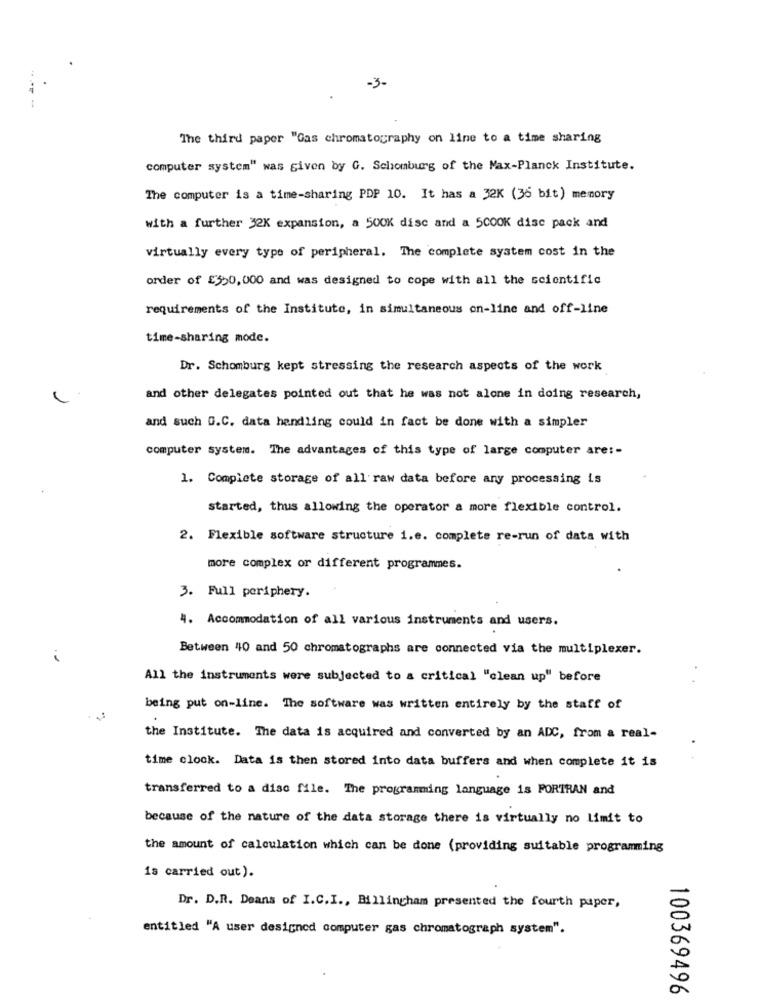
-3-
The third paper "Gas chromatography on line to a time sharing
computer system" was given by G. Schomburg of the Max-Planck Institute.
The computer is a time-sharing PDP 10. It has a 32K (36 bit) memory
with a further 32K expansion, a 500K disc and a 5000K disc pack and
virtually every type of peripheral. The complete system cost in the
order of £350,000 and was designed to cope with all the scientific
requirements of the Institute, in simultaneous on-line and off-line
time-sharing mode.
Dr. Schomburg kept stressing the research aspects of the work
and other delegates pointed out that he was not alone in doing research,
and such O.C. data handling could in fact be done with a simpler
computer system. The advantages of this type of large computer are :-
1. Complete storage of all raw data before any processing is
started, thus allowing the operator a more flexible control.
2. Flexible software structure i.e. complete re-run of data with
more complex or different programmes.
3. Full periphery.
4. Accommodation of all various instruments and users.
Between 40 and 50 chromatographs are connected via the multiplexer.
i
All the instruments were subjected to a critical "clean up" before
being put on-line. The software was written entirely by the staff of
the Institute. The data is acquired and converted by an ADC, from a real-
time clock. Data is then stored into data buffers and when complete it is
transferred to a disc file. The programming language is PORTRAN and
because of the nature of the data storage there is virtually no limit to
the amount of calculation which can be done (providing suitable programming
is carried out).
Dr. D.R. Deans of I.C.I ., Billingham presented the fourth paper,
entitled "A user designed computer gas chromatograph system".
100369496